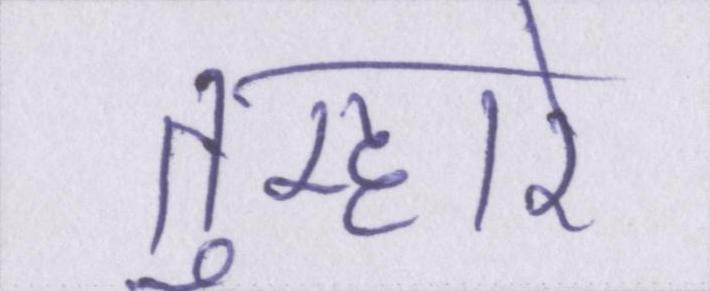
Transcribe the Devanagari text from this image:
तुम्हारे